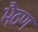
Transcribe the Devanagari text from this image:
भैठण